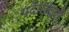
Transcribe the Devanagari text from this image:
पदोक्तियाँ